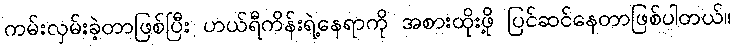
ကမ်းလှမ်းခဲ့တာဖြစ်ပြီး ဟယ်ရီကိန်းရဲ့နေရာကို အစားထိုးဖို့ ပြင်ဆင်နေတာဖြစ်ပါတယ်။